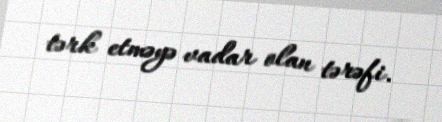
tərk etməyə vadar olan tərəfi.